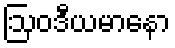
ဩဝဒီယမာနော